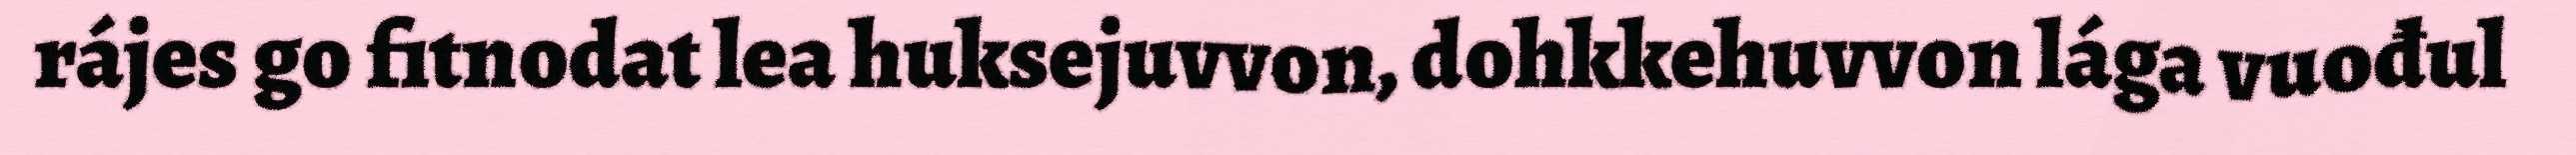
rájes go fitnodat lea huksejuvvon, dohkkehuvvon lága vuođul